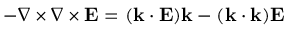
- \nabla \times \nabla \times \mathbf { E } = ( \mathbf { k } \cdot \mathbf { E } ) \mathbf { k } - ( \mathbf { k } \cdot \mathbf { k } ) \mathbf { E }